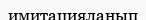
имитацияланып